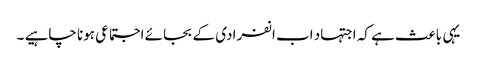
یہی باعث ہے کہ اجتہاد اب انفرادی کے بجائے اجتماعی ہونا چاہیے ۔